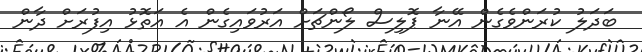
ބަދަލު ކުރަންވެގެން އޭނާ ޕޮލިސް ލޯންޗަށް އަރުވައިގެން އެ އަތޮޅު އިފުރަށް ދާން